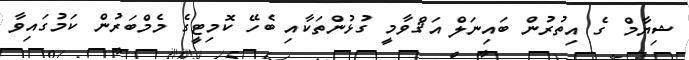
ޝިޔާމް ގެ އިތުރުން ބައިނަލް އަޤްވާމީ ގުޅުންތަކާއި ބެހޭ ކޮމިޓީގެ މެމްބަރުން ކަމުގައިވާ